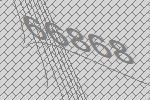
66868